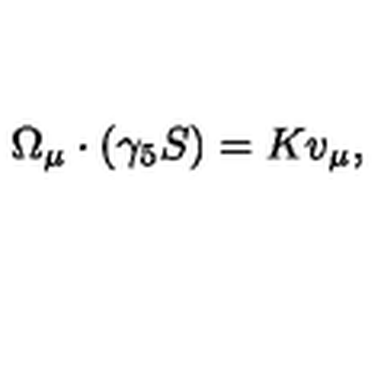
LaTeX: \Omega _ { \mu } \cdot ( \gamma _ { 5 } S ) = K v _ { \mu } ,